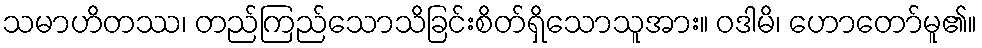
သမာဟိတဿ၊ တည်ကြည်သောသိခြင်းစိတ်ရှိသောသူအား။ ဝဒါမိ၊ ဟောတော်မူ၏။